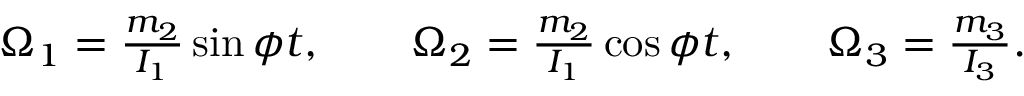
\begin{array} { r } { \Omega _ { 1 } = \frac { m _ { 2 } } { I _ { 1 } } \sin \phi t , \qquad \Omega _ { 2 } = \frac { m _ { 2 } } { I _ { 1 } } \cos \phi t , \qquad \Omega _ { 3 } = \frac { m _ { 3 } } { I _ { 3 } } . } \end{array}